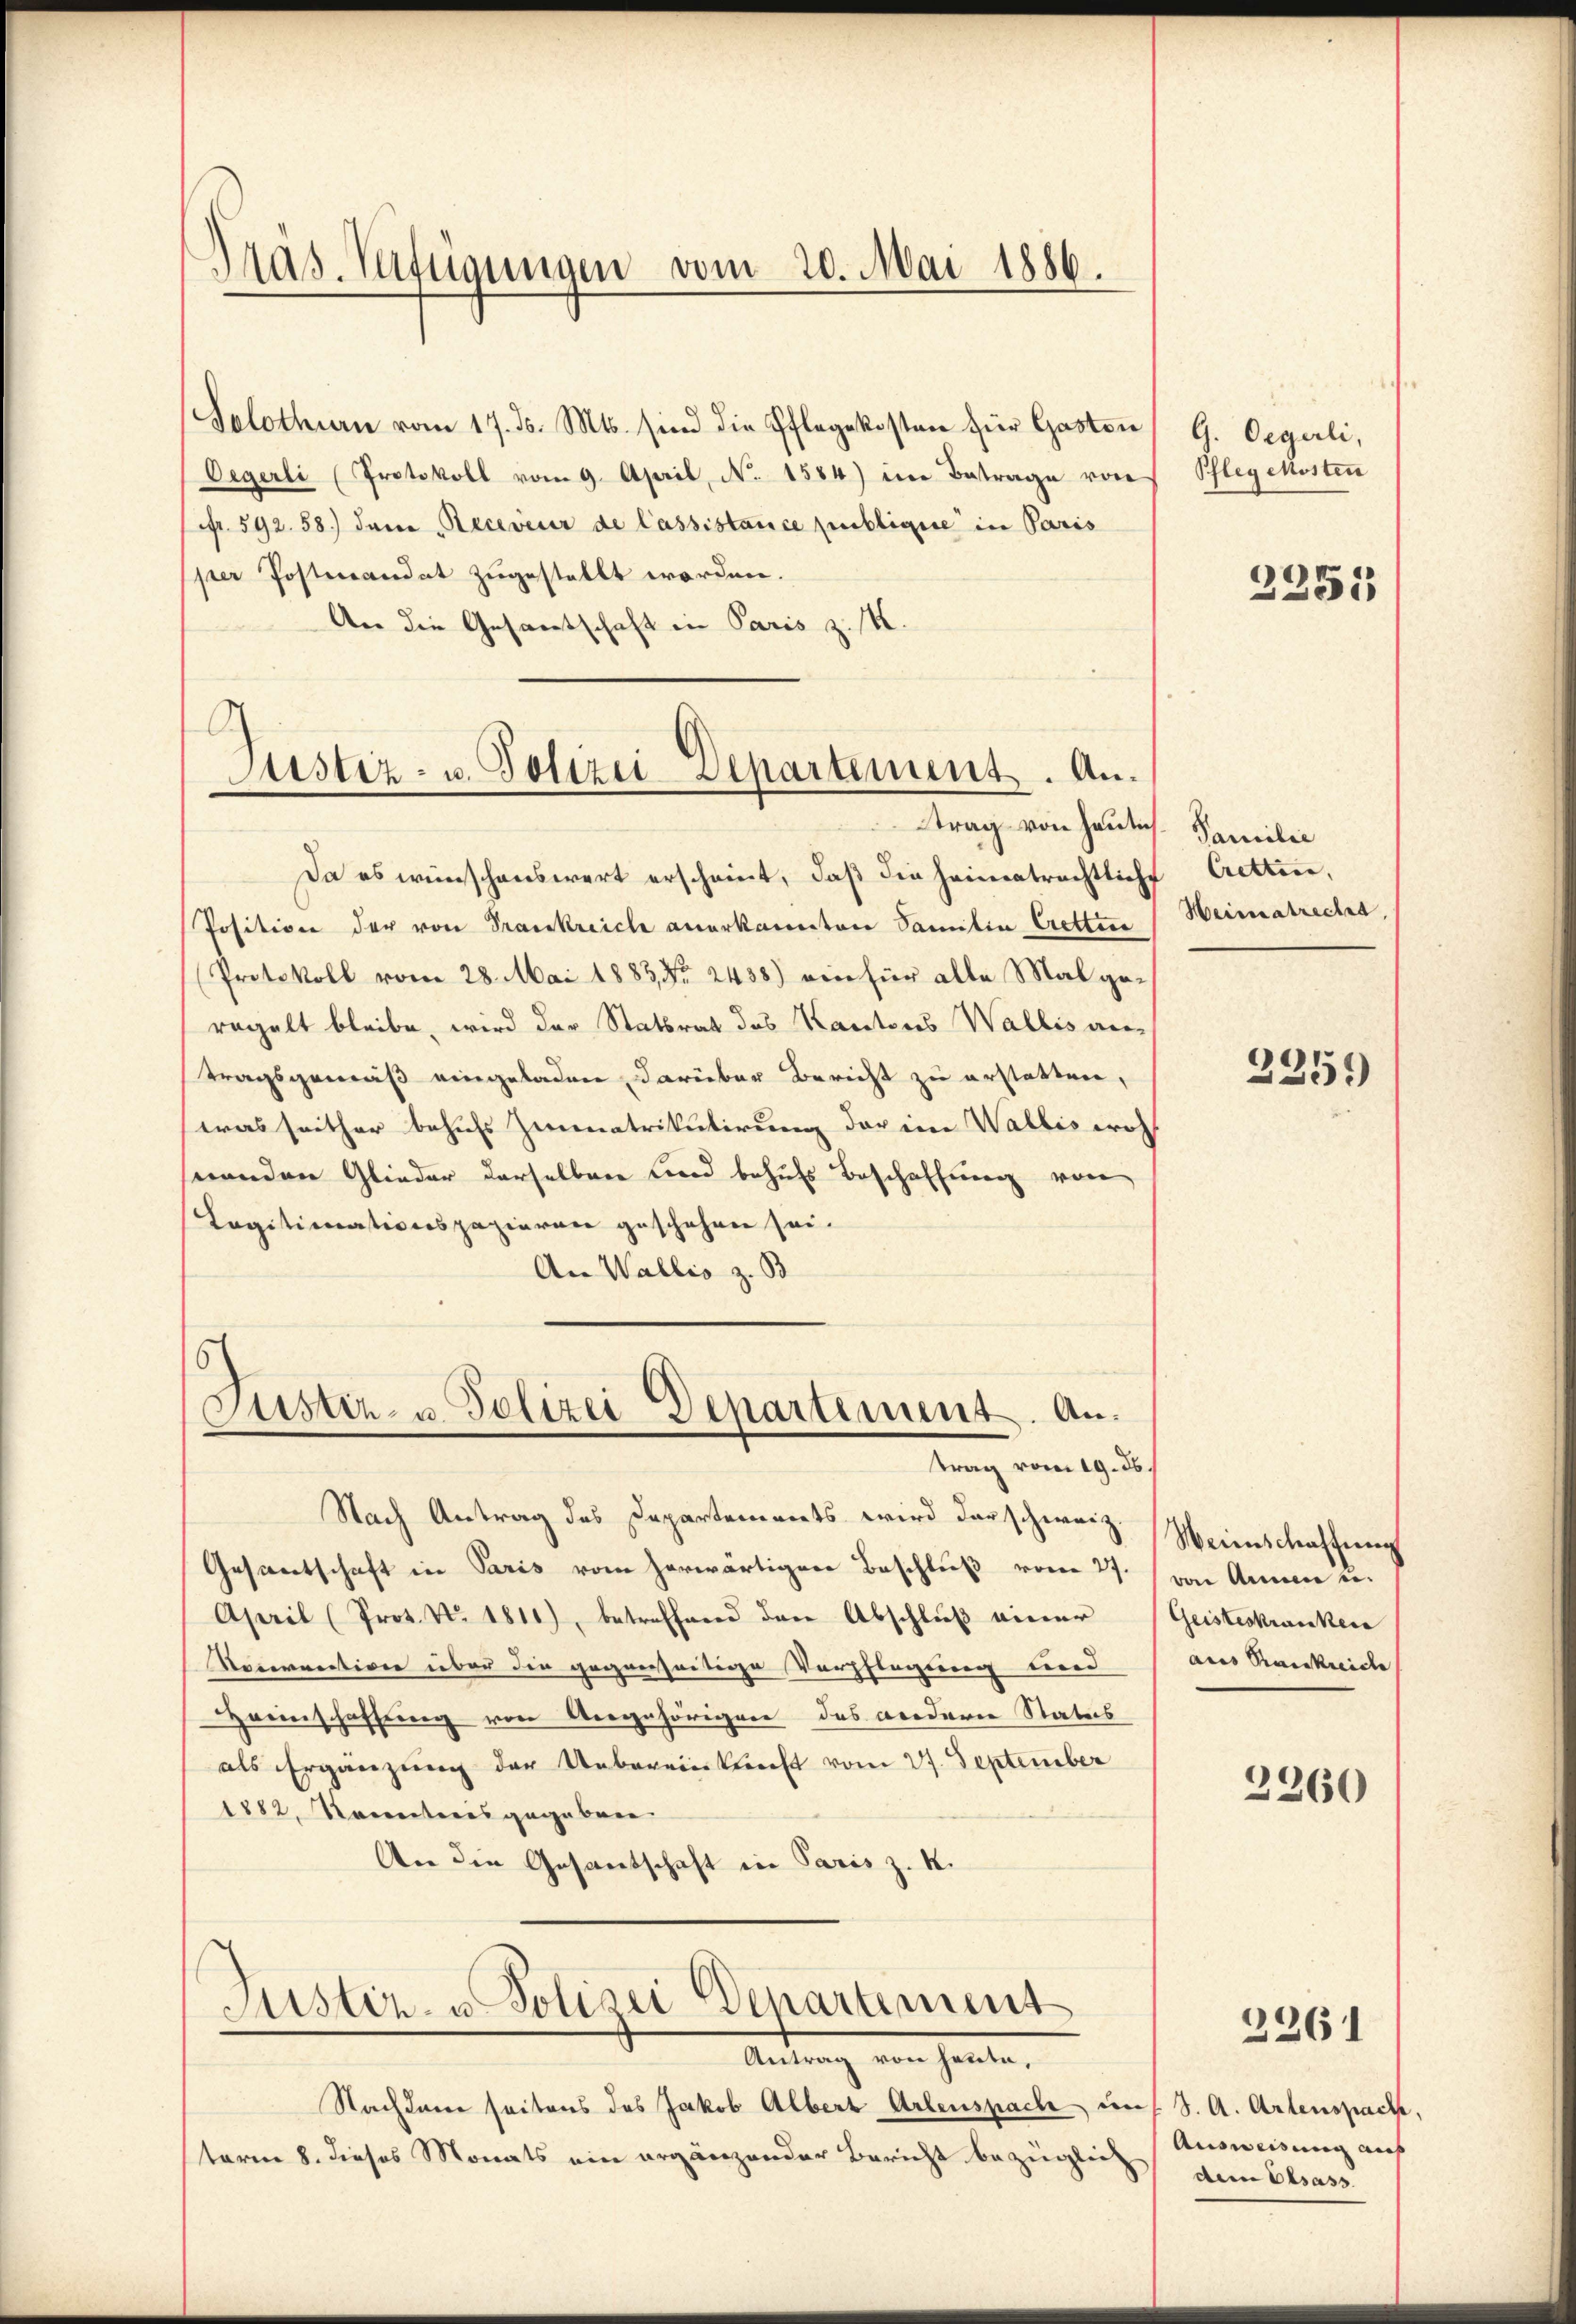
Solothurn vom 17. ds. Mts. sind die Pflegekosten für Gasten
Oegerli (Protokoll vom 9. April, N. 1584) im Betrage von
fr. 592. 58.) dem Receveur de lassistance publique in Paris
per Postmandat zugestellt worden.
An die Gesamtschaft in Paris z. M.

Präs. Verfügungen vom 20. Mai 1886.

G
Justiz- u. Polizei-Separtement. Antrag von heulich

Justiz- u. Polizei Departement. Antrag vom 19. ds.

Da es wünschenswert erscheint, daß die heimatrechtliche
Position der von Trankreich anerkannten Samitin Crottire Heimatrecht,
Protokoll vom 28. Mai 1883, No 2438.) ein für alle Mal geregelt bleibe, wird der Statsrat des Kantons Wallis antragsgemäß eingeladen darüber Bericht zu erstatten,
was seither behufs Zimmatrikulirung der im Wallis woh
seenden Glieder derselben und behufs Beschaffung von
Tagitimationspazieren geschehen sei.
An Wallis z. B
6

Antrag von heute,

Nach Antrag des Departements wird darschweiz. Weinschaffung
Gesamtschaft in Paris vom herwärtiger Beschluß vom 27. von Annen er¬
April (Prot. No. 1814), betreffend den Abschluß einer
Nocerrectiven über die gegenseitige Verpflegung und
Hreinschaffung von Aergehörigen des werderen Status
als Ergänzung der Uebereinkunft vom 27. September
1882, Korectoris gegeben.
An die Gesandschaft in Paris z. K.
Justiz- u. Polizei Departement

Nachkane seitens des Jakob Albert Artenspach uns. S. A. Artenspach,
term 8. dieses Monats ein ergänzender Bericht bezüglich

G. Oegerli,
Pflegekosten

2251

Familie
Cretten,

2351)

Geisteskranken
ares Raiskreiche

2360

2261

Ausweisung auch
dem Elsass.